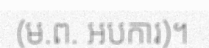
(ម.ព. អបការ)។